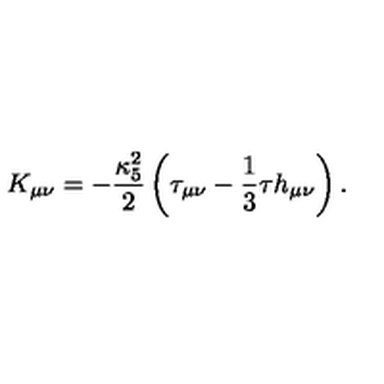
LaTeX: K _ { \mu \nu } = - \frac { \kappa _ { 5 } ^ { 2 } } { 2 } \left( \tau _ { \mu \nu } - \frac { 1 } { 3 } \tau h _ { \mu \nu } \right) .